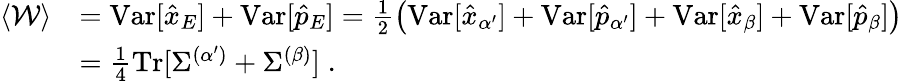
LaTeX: \begin{array}{rl}{\langle\mathcal{W}\rangle}&{=\mathrm{Var}[\hat{x}_{E}]+\mathrm{Var}[\hat{p}_{E}]=\frac{1}{2}\left(\mathrm{Var}[\hat{x}_{\alpha^{\prime}}]+\mathrm{Var}[\hat{p}_{\alpha^{\prime}}]+\mathrm{Var}[\hat{x}_{\beta}]+\mathrm{Var}[\hat{p}_{\beta}]\right)}\\ &{=\frac{1}{4}\mathrm{Tr}[\Sigma^{(\alpha^{\prime})}+{\Sigma^{(\beta)}}]\; .}\end{array}